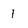
Character: 1